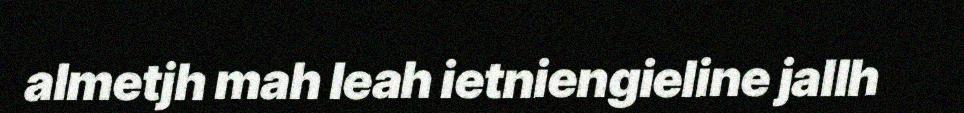
almetjh mah leah ietniengieline jallh